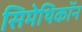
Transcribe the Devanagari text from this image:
सिमेथिकॉन